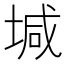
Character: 堿